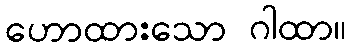
ဟောထားသော ဂါထာ။